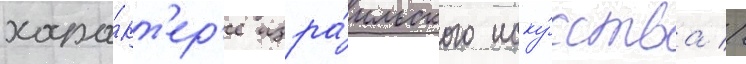
хара́кт'ер'е изра́ильского иску́сства //